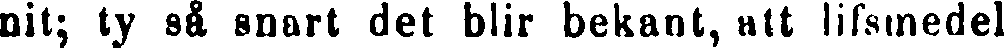
nit; ty så snart det blir bekant, att lifsmedel